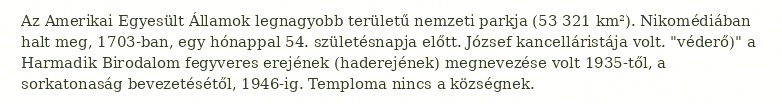
Az Amerikai Egyesült Államok legnagyobb területű nemzeti parkja (53 321 km²). Nikomédiában halt meg, 1703-ban, egy hónappal 54. születésnapja előtt. József kancelláristája volt. "véderő)" a Harmadik Birodalom fegyveres erejének (haderejének) megnevezése volt 1935-től, a sorkatonaság bevezetésétől, 1946-ig. Temploma nincs a községnek.